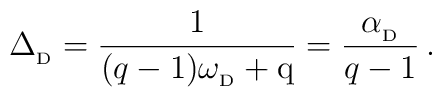
\Delta_{_{\rm D}}={1\over ({q-1})\omega_{_{\rm D}}+{\rm q}}={\alpha_{_{\rm D}}\over{q-1}} \, .